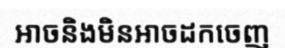
អាចនិងមិនអាចដកចេញ